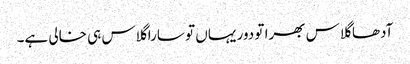
آدھا گلاس بھرا تو دور یہاں تو سارا گلاس ہی خالی ہے۔